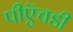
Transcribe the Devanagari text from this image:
पीऍचडी